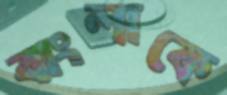
বাংলাকে